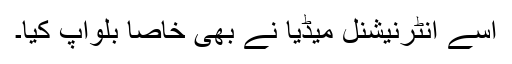
اسے انٹرنیشنل میڈیا نے بھی خاصا بلواَپ کیا۔